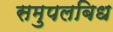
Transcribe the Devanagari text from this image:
समुपलबिध